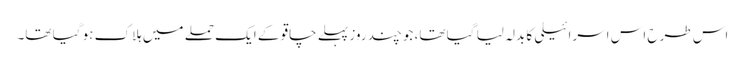
اس طرح اس اسرائیلی کا بدلہ لیا گیا تھا، جو چند روز پہلے چاقو کے ایک حملے میں ہلاک ہو گیا تھا۔